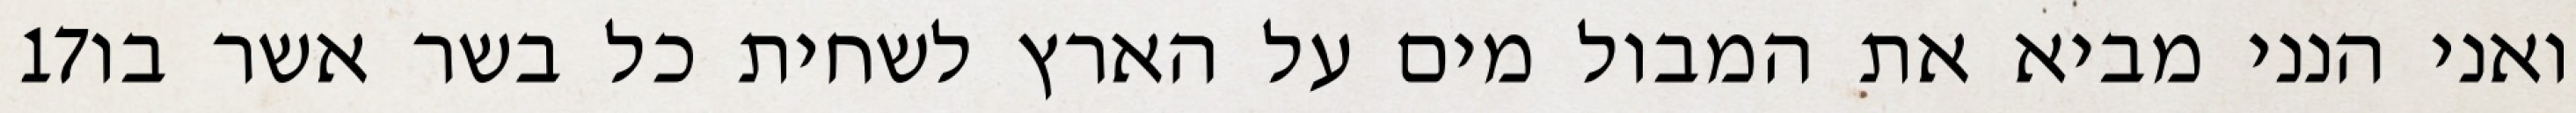
‎17‏ ואני הנני מביא את המבול מים על הארץ לשחית כל בשר אשר בו